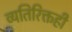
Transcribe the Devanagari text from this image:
व्यतिरिक्तही